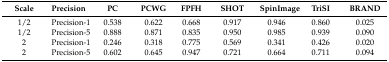
| Scale | Precision | PC | PCWG | FPFH | SHOT | SpinImage | TriSI | BRAND |
 | --- | --- | --- | --- | --- | --- | --- | --- | --- |
 | 1/2 | Precision-1 | 0.538 | 0.622 | 0.668 | 0.917 | 0.946 | 0.860 | 0.025 |
 | 1/2 | Precision-5 | 0.888 | 0.871 | 0.835 | 0.950 | 0.985 | 0.939 | 0.090 |
 | 2 | Precision-1 | 0.246 | 0.318 | 0.775 | 0.569 | 0.341 | 0.426 | 0.020 |
 | 2 | Precision-5 | 0.602 | 0.645 | 0.947 | 0.721 | 0.664 | 0.711 | 0.094 |